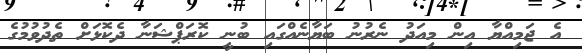
އެ ޖަމިއްޔާ އިން މިއަދު ނެރުނު ބަޔާނެއްގައި ބުނީ ކޮރަޕްޝަނާ ދެކޮޅަށް ތެދުވުމުގެ